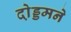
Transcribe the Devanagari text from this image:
दो़ड्डमने